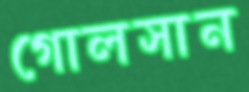
গোলসান